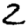
Digit: 2